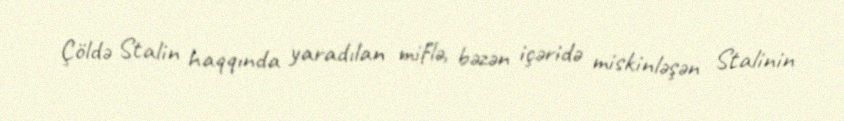
Çöldə Stalin haqqında yaradılan miflə, bəzən içəridə miskinləşən Stalinin